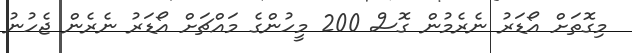
މިގޮތަށް އޯޑަރު ނެރެމުން ގޮސް 200 މީހުންގެ މައްޗަށް އޯޑަރު ނެރެން ޖެހުނު